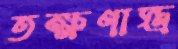
তক্ষণাস্ত্র